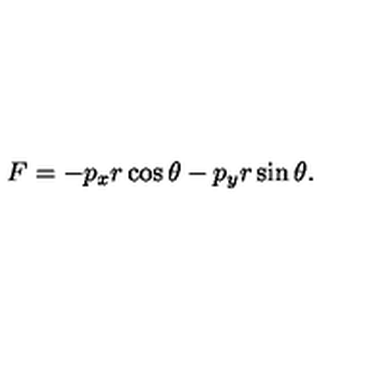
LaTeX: F = - p _ { x } r \cos \theta - p _ { y } r \sin \theta .